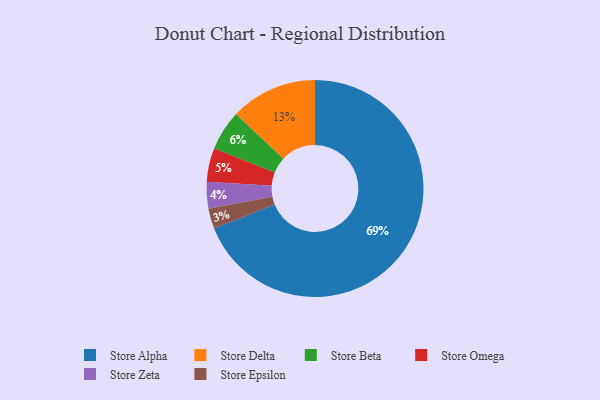
{"axis": {"x": "Category", "y": "Percentage"}, "legend": ["Store Alpha", "Store Beta", "Store Delta", "Store Epsilon", "Store Omega", "Store Zeta"], "data": [{"x": "Store Alpha", "y": 69, "type": "Store Alpha"}, {"x": "Store Omega", "y": 5, "type": "Store Omega"}, {"x": "Store Beta", "y": 6, "type": "Store Beta"}, {"x": "Store Zeta", "y": 4, "type": "Store Zeta"}, {"x": "Store Delta", "y": 13, "type": "Store Delta"}, {"x": "Store Epsilon", "y": 3, "type": "Store Epsilon"}]}